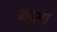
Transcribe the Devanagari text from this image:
गास्प